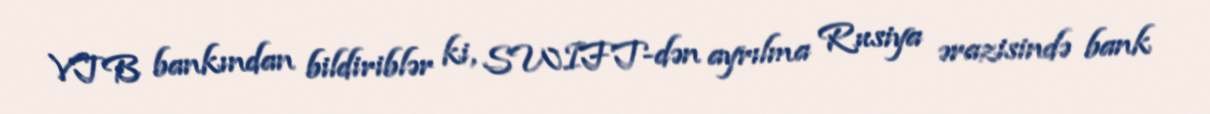
VTB bankından bildiriblər ki, SWIFT-dən ayrılma Rusiya ərazisində bank